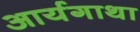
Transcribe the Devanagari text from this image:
आर्यगाथा